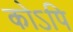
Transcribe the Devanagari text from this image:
कोऽपि